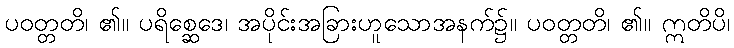
ပဝတ္တတိ၊ ၏။ ပရိစ္ဆေဒေ၊ အပိုင်းအခြားဟူသောအနက်၌။ ပဝတ္တတိ၊ ၏။ ဣတိပိ၊